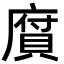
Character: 𢊾